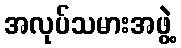
အလုပ်သမားအဖွဲ့